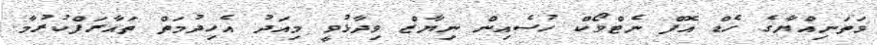
ވަތަނިއްޔާގެ ހެޑް އޮފް ނެޓްވޯކް ހުސެއިން ނިޔާޒް ވިދާޅުވީ މިއަދު އެހިދުމަތް ތައާރަފްކުރުމާ